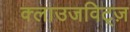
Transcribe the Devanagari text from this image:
क्लाउजविट्ज़